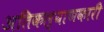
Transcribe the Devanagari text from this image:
अतिकल्याणकारी